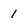
Character: 1